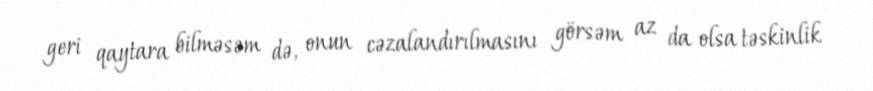
geri qaytara bilməsəm də, onun cəzalandırılmasını görsəm az da olsa təskinlik